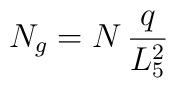
N_{g} = N \, {q  \over L_5^{2}}